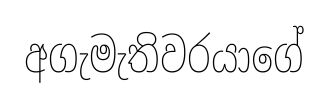
අගැමැතිවරයාගේ